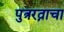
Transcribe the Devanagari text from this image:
पुत्ररत्नाचा